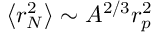
\left< r _ { N } ^ { 2 } \right> \sim A ^ { 2 / 3 } r _ { p } ^ { 2 }